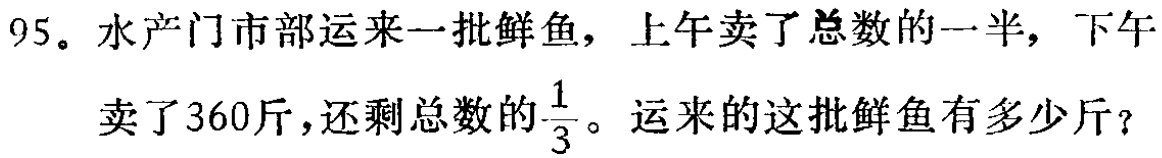
95。水产门市部运来一批鲜鱼，上午卖了总数的一半，下午卖了360斤，还剩总数的$\frac{1}{3}$。运来的这批鲜鱼有多少斤？